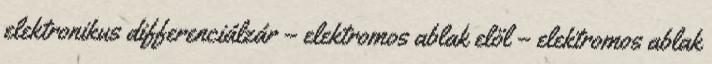
elektronikus differenciálzár – elektromos ablak elöl – elektromos ablak